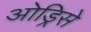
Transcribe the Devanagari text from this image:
ओड्रिसे